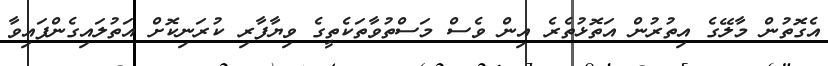
އެގޮތުން މާލޭގެ އިތުރުން އަތޮޅުތެރެ އިން ވެސް މަސްތުވާތަކެތީގެ ވިޔާފާރި ކުރަނިކޮށް އަތުލައިގެންފައިވާ